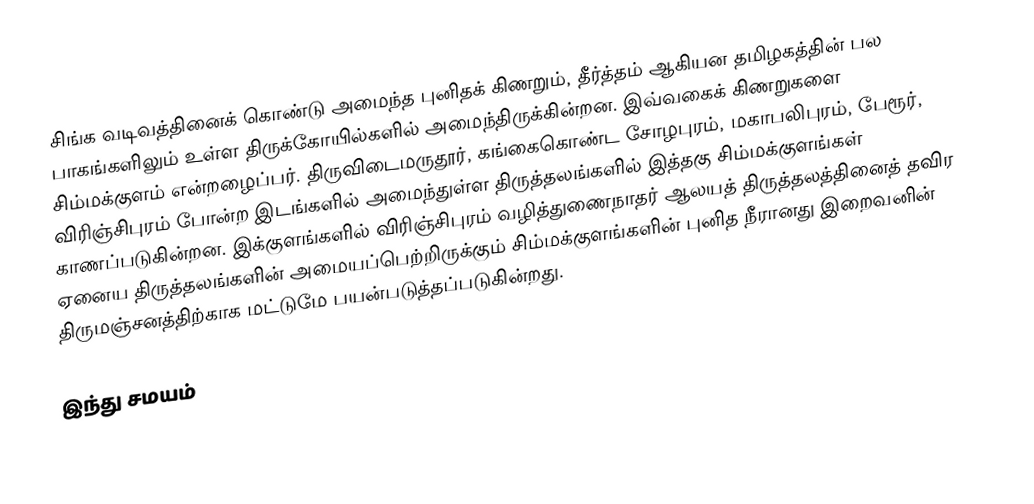
சிங்க வடிவத்தினைக் கொண்டு அமைந்த புனிதக் கிணறும், தீர்த்தம் ஆகியன தமிழகத்தின் பல பாகங்களிலும் உள்ள திருக்கோயில்களில்  அமைந்திருக்கின்றன. இவ்வகைக் கிணறுகளை சிம்மக்குளம் என்றழைப்பர். திருவிடைமருதூர், கங்கைகொண்ட சோழபுரம், மகாபலிபுரம், பேரூர், விரிஞ்சிபுரம் போன்ற இடங்களில் அமைந்துள்ள திருத்தலங்களில் இத்தகு சிம்மக்குளங்கள் காணப்படுகின்றன. இக்குளங்களில் விரிஞ்சிபுரம் வழித்துணைநாதர் ஆலயத் திருத்தலத்தினைத் தவிர ஏனைய திருத்தலங்களின் அமையப்பெற்றிருக்கும் சிம்மக்குளங்களின் புனித நீரானது இறைவனின் திருமஞ்சனத்திற்காக மட்டுமே பயன்படுத்தப்படுகின்றது.

இந்து சமயம்